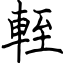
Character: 輊